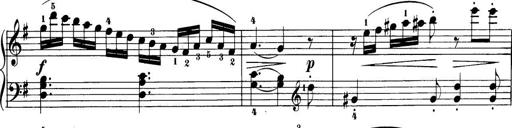
Title: 32 Sonatinas and Rondos for the Piano
Composer: Richard Kleinmichel